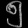
Digit: ၅